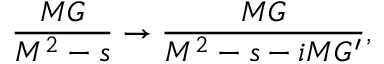
\frac { M G } { M ^ { 2 } - s } \rightarrow \frac { M G } { M ^ { 2 } - s - i M G ^ { \prime } } ,